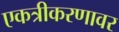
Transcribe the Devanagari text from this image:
एकत्रीकरणावर